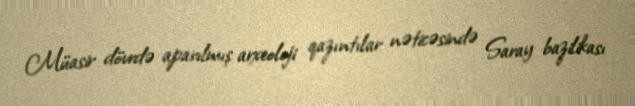
Müasir dövrdə aparılmış arxeoloji qazıntılar nəticəsində Saray bazilikası